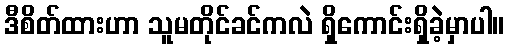
ဒီစိတ်ထားဟာ သူမတိုင်ခင်ကလဲ ရှိကောင်းရှိခဲ့မှာပါ။